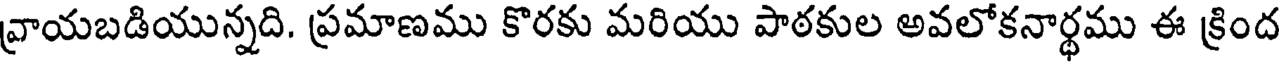
వ్రాయబడియున్నది. ప్రమాణము కొరకు మరియు పాఠకుల అవలోకనార్థము ఈ క్రింద